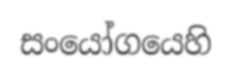
සංයෝගයෙහි